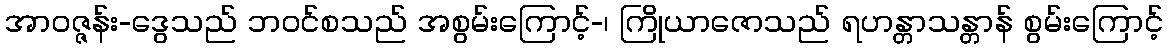
အာဝဇ္ဇန်း-ဒွေသည် ဘဝင်စသည် အစွမ်းကြောင့်-၊ ကြိုယာဇောသည် ရဟန္တာသန္တာန် စွမ်းကြောင့်